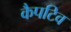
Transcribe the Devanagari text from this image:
कैपटिव